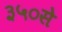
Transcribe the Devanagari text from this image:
३५०से